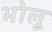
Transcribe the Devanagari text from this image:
भोलू